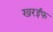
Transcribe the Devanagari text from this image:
खरईफ